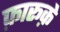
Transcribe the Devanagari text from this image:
फ़ारूक़े